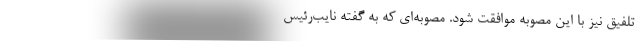
تلفیق نیز با این مصوبه موافقت شود. مصوبه‌ای که به گفته نایب‌رئیس